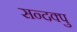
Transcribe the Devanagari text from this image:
सन्दक्पु